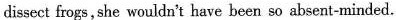
dissect frogs, she wouldn't have been so absent-minded.